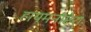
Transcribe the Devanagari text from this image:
हायमनोप्टेरा